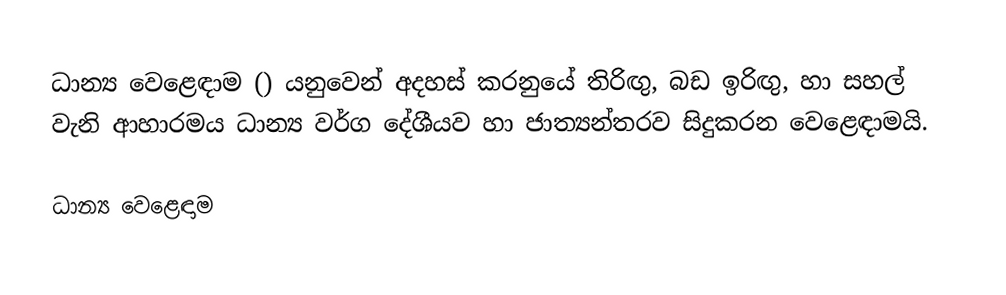
ධාන්‍ය වෙළෙඳාම () යනුවෙන් අදහස් කරනුයේ තිරිඟු, බඩ ඉරිඟු, හා සහල් වැනි ආහාරමය ධාන්‍ය වර්ග දේශීයව හා ජාත්‍යන්තරව සිදුකරන වෙළෙඳාමයි.

ධාන්‍ය වෙළෙඳාම